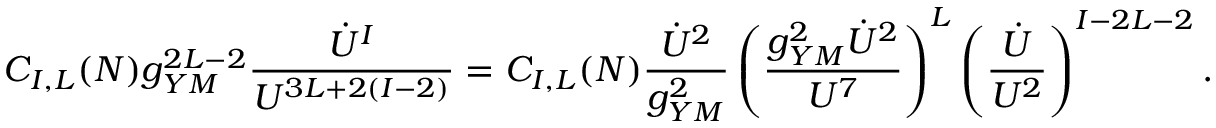
C _ { I , L } ( N ) g _ { Y M } ^ { 2 L - 2 } { \frac { \dot { U } ^ { I } } { U ^ { 3 L + 2 ( I - 2 ) } } } = C _ { I , L } ( N ) { \frac { \dot { U } ^ { 2 } } { g _ { Y M } ^ { 2 } } } \left( { \frac { g _ { Y M } ^ { 2 } \dot { U } ^ { 2 } } { U ^ { 7 } } } \right) ^ { L } \left( { \frac { \dot { U } } { U ^ { 2 } } } \right) ^ { I - 2 L - 2 } .